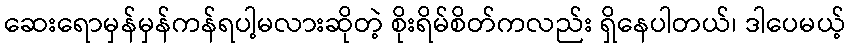
ဆေးရောမှန်မှန်ကန်ရပါ့မလားဆိုတဲ့ စိုးရိမ်စိတ်ကလည်း ရှိနေပါတယ်၊ ဒါပေမယ့်